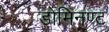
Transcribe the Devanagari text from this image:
डोमिनण्ट